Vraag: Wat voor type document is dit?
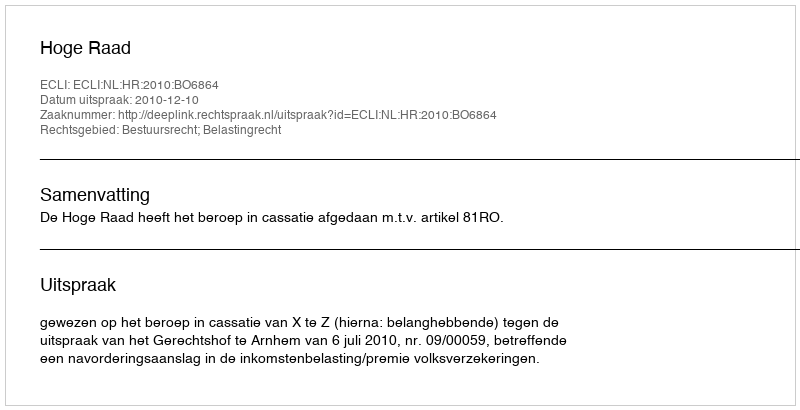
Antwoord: Uitspraak